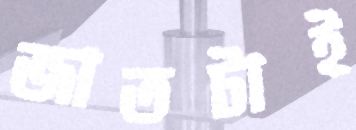
জাতটাই